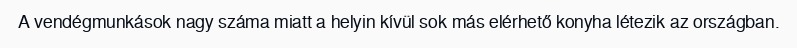
A vendégmunkások nagy száma miatt a helyin kívül sok más elérhető konyha létezik az országban.